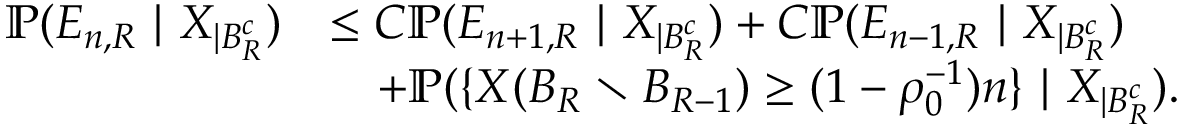
\begin{array} { r l } { \mathbb { P } ( E _ { n , R } \ | \ X _ { | B _ { R } ^ { c } } ) } & { \leq C \mathbb { P } ( E _ { n + 1 , R } \ | \ X _ { | B _ { R } ^ { c } } ) + C \mathbb { P } ( E _ { n - 1 , R } \ | \ X _ { | B _ { R } ^ { c } } ) } \\ & { \quad + \mathbb P ( \{ X ( B _ { R } \setminus B _ { R - 1 } ) \geq ( 1 - \rho _ { 0 } ^ { - 1 } ) n \} \ | \ X _ { | B _ { R } ^ { c } } ) . } \end{array}